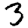
Digit: 3